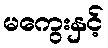
မကွေးနှင့်